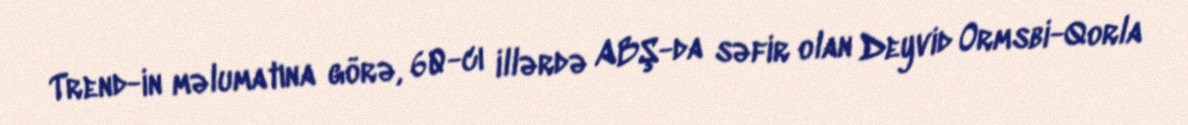
Trend-in məlumatına görə, 60-cı illərdə ABŞ-da səfir olan Deyvid Ormsbi-Qorla